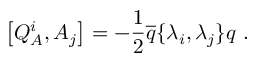
\left[ Q _ { A } ^ { i } , A _ { j } \right] = - \displaystyle \frac { 1 } { 2 } \overline { { { q } } } \{ \lambda _ { i } , \lambda _ { j } \} q ~ .